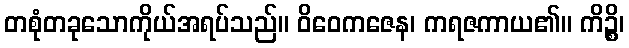
တစုံတခုသောကိုယ်အရပ်သည်။ ဝိဝေကဇေန၊ ကရဇကာယ၏။ ကိဉ္စိ၊